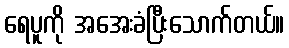
ရေပူကို အအေးခံပြီးသောက်တယ်။